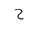
Letter: _ha